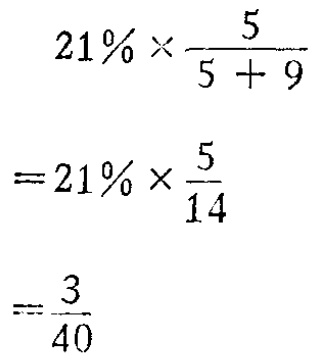
\[

\begin{align*}

&21\% \times \frac{5}{5 + 9}\\

=&21\% \times \frac{5}{14}\\

=&\frac{3}{40}

\end{align*}

\]